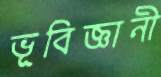
ভূবিজ্ঞানী